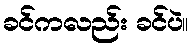
ခင်ကလည်း ခင်ပဲ။